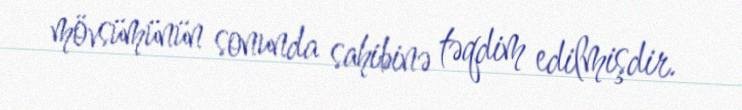
mövsümünün sonunda sahibinə təqdim edilmişdir.